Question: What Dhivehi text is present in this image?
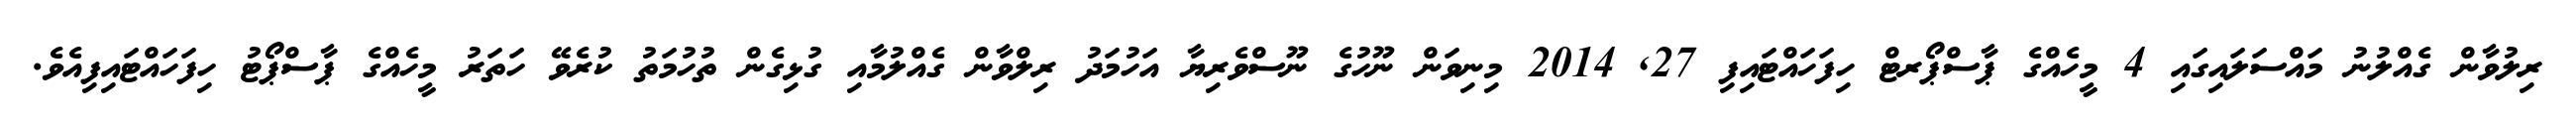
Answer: ރިލުވާން ގެއްލުނު މައްސަލައިގައި 4 މީހެއްގެ ޕާސްޕޯރޓް ހިފަހައްޓައިފި 27, 2014 މިނިވަން ނޫހުގެ ނޫސްވެރިޔާ އަހުމަދު ރިލްވާން ގެއްލުމާއި ގުޅިގެން ތުހުމަތު ކުރެވޭ ހަތަރު މީހެއްގެ ޕާސްޕޯޓު ހިފަހައްޓައިފިއެވެ.